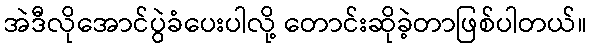
အဲဒီလိုအောင်ပွဲခံပေးပါလို့ တောင်းဆိုခဲ့တာဖြစ်ပါတယ်။